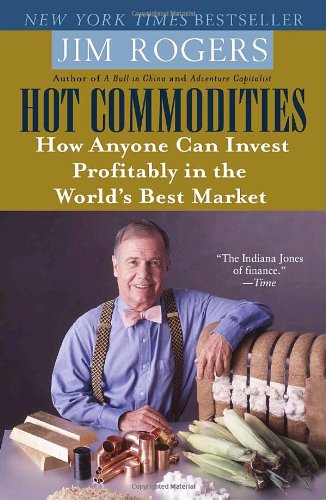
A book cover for Hot Commodities: How Anyone Can Invest Profitably in the World's Best Market; Jim Rogers; Business & Money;